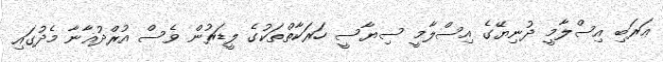
ޢަރަބި އިސްލާމީ ދުނިޔޭގެ އިސްލާމީ ސިޔާސީ ހަރަކާތްތަކުގެ ލީޑަރުން ވެސް އުރްދުޣާނާ މެދުގައި